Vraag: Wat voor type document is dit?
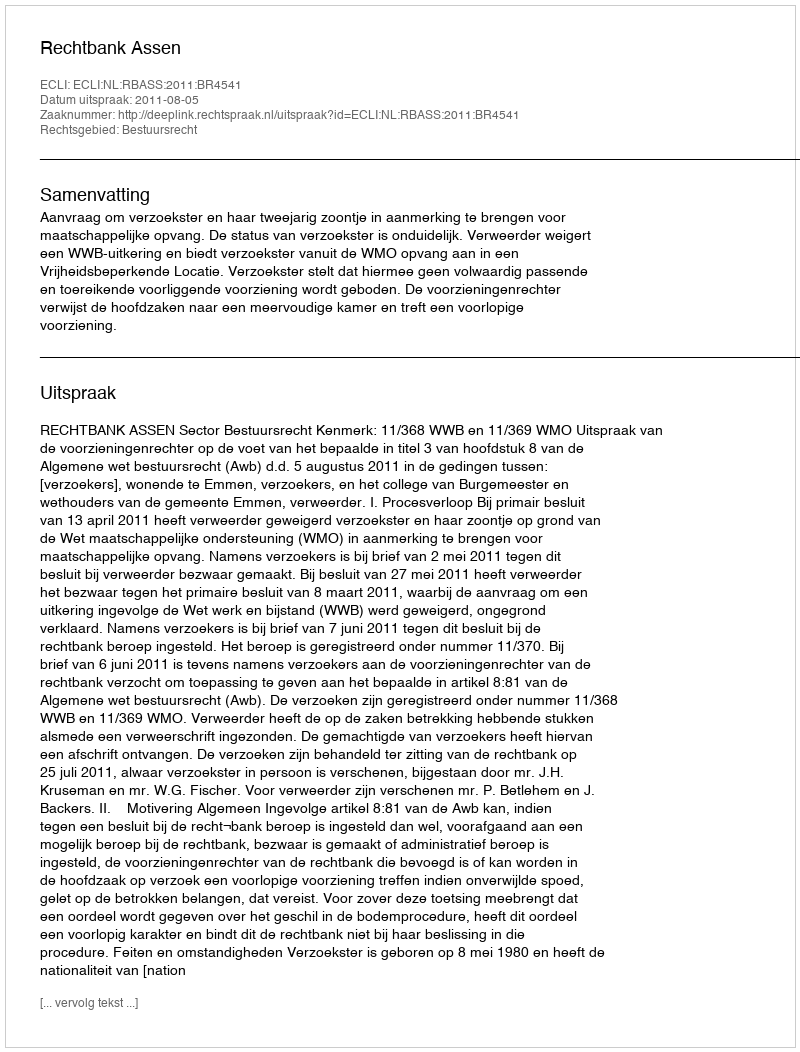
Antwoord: Uitspraak